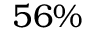
5 6 \%